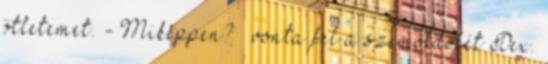
ötletemet. - Miképpen? – vonta fel a szemöldökét Dex.